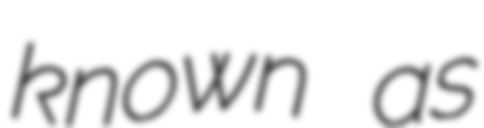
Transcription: known as